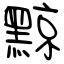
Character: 黥